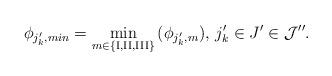
LaTeX: \begin{align*}\phi_{j'_{k},min}=\min_{m\in\left\{ {\rm I},{\rm II},{\rm III}\right\} }\,(\phi_{j'_{k},m}),\,{j'_{k}}\in{J'}\in{\cal J}''.\end{align*}